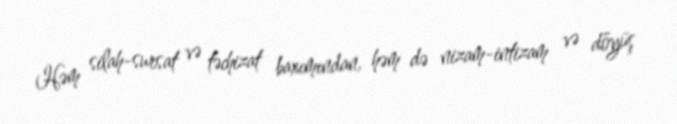
Həm silah-sursat və təchizat baxımından, həm də nizam-intizam və döyüş